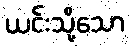
ယင်းသို့သော